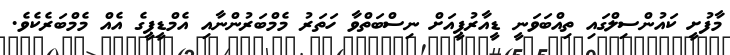
މާފުށީ ކައުންސިލްގައި ތިއްބަވަނީ ޑީއާރުޕީއަށް ނިސްބަތްވާ ހަތަރު މެމްބަރުންނާއި އެމްޑީޕީގެ އެއް މެމްބަރެކެވެ.